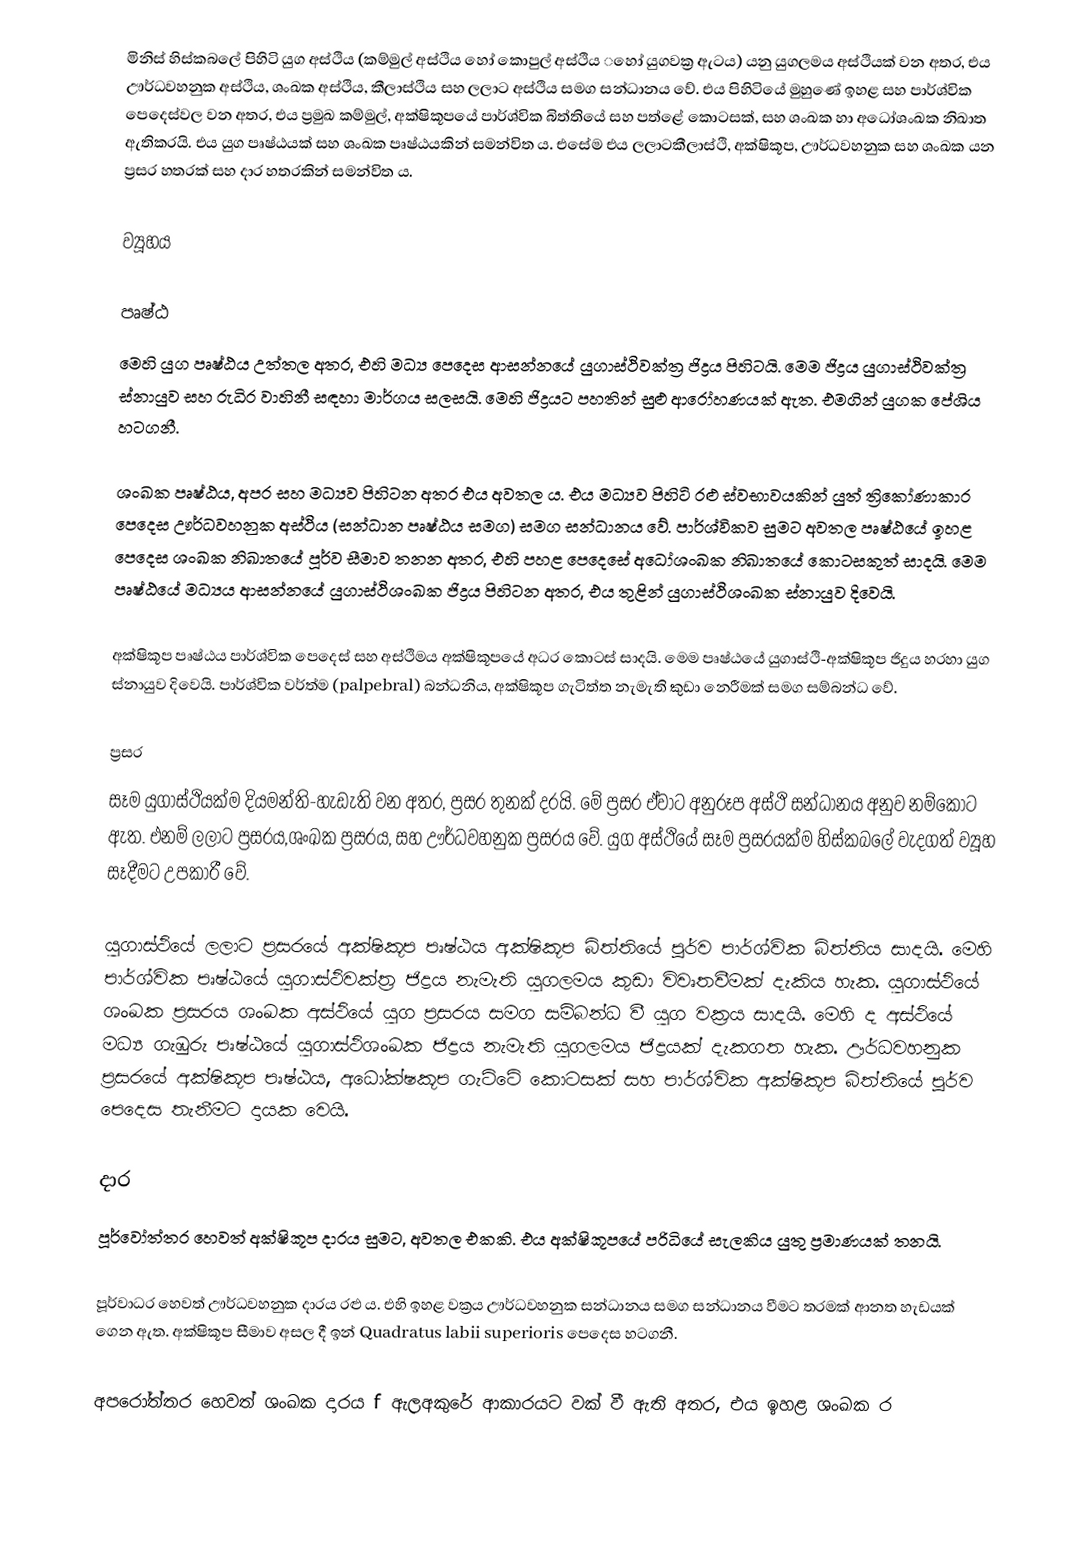
මිනිස් හිස්කබලේ පිහිටි යුග අස්ථිය (කම්මුල් අස්ථිය හෝ කොපුල් අස්ථිය ‌‌හෝ  යුගවක්‍ර ඇටය) යනු යුගලමය අස්ථියක් වන අතර, එය ඌර්ධවහනුක අස්ථිය, ශංඛක අස්ථිය, කීලාස්ථිය සහ ලලාට අස්ථිය සමග සන්ධානය වේ. එය පිහිටියේ මුහුණේ ඉහළ සහ පාර්ශ්වික පෙදෙස්වල වන අතර, එය ප්‍රමුඛ කම්මුල්, අක්ෂිකූපයේ පාර්ශ්වික බිත්තියේ සහ පත්ළේ කොටසක්, සහ ශංඛක හා අධෝශංඛක නිඛාත ඇතිකරයි. එය යුග පෘෂ්ඨයක් සහ ශංඛක පෘෂ්ඨයකින් සමන්විත ය. එසේම එය ලලාටකීලාස්ථි, අක්ෂිකූප, ඌර්ධවහනුක සහ ශංඛක යන ප්‍රසර හතරක් සහ දාර හතරකින් සමන්විත ය.

ව්‍යූහය

පෘෂ්ඨ
මෙහි යුග පෘෂ්ඨය උත්තල අතර, එහි මධ්‍ය පෙදෙස ආසන්නයේ යුගාස්ථිවක්ත්‍ර ජිද්‍රය පිහිටයි. මෙම ජිද්‍රය යුගාස්ථිවක්ත්‍ර ස්නායුව සහ රුධිර වාහිනී සඳහා මාර්ගය සලසයි. මෙහි ජිද්‍රයට පහතින් සුළු ආරෝහණයක් ඇත. එමගින් යුගක පේශිය හටගනී.

ශංඛක පෘෂ්ඨය, අපර සහ මධ්‍යව පිහිටන අතර එය අවතල ය. එය මධ්‍යව පිහිටි රළු ස්වභාවයකින් යුත් ත්‍රිකෝණාකාර පෙදෙස ඌර්ධවහනුක අස්ථිය (සන්ධාන පෘෂ්ඨය සමග) සමග සන්ධානය වේ. පාර්ශ්විකව සුමට අවතල පෘෂ්ඨයේ ඉහළ පෙදෙස ශංඛක නිඛාතයේ පූර්ව සීමාව තනන අතර, එහි පහළ පෙදෙසේ අධෝශංඛක නිඛාතයේ කොටසකුත් සාදයි. මෙම පෘෂ්ඨයේ මධ්‍යය ආසන්නයේ යුගාස්ථිශංඛක ජිද්‍රය පිහිටන අතර, එය තුළින් යුගාස්ථිශංඛක ස්නායුව දිවෙයි.

අක්ෂිකූප පෘෂ්ඨය පාර්ශ්වික පෙදෙස් සහ අස්ථිමය අක්ෂිකූපයේ අධර කොටස් සාදයි. මෙම පෘෂ්ඨයේ යුගාස්ථි-අක්ෂිකූප ජිදුය හරහා යුග ස්නායුව දිවෙයි. පාර්ශ්වික වර්ත්ම (palpebral) බන්ධනිය, අක්ෂිකූප ගැටිත්ත නැමැති කුඩා නෙරීමක් සමග සම්බන්ධ වේ.

ප්‍රසර
සෑම යුගාස්ථියක්ම දියමන්ති-හැඩැති වන අතර, ප්‍රසර තුනක් දරයි. මේ ප්‍රසර ඒවාට අනුරූප අස්ථි සන්ධානය අනුව නම්කොට ඇත. එනම් ලලාට ප්‍රසරය,ශංඛක ප්‍රසරය, සහ ඌර්ධවහනුක ප්‍රසරය වේ. යුග අස්ථියේ සෑම ප්‍රසරයක්ම හිස්කබලේ වැදගත් ව්‍යූහ සෑදීමට උපකාරී වේ.

යුගාස්ථියේ ලලාට ප්‍රසරයේ අක්ෂිකූප පෘෂ්ඨය අක්ෂිකූප බිත්තියේ පූර්ව පාර්ශ්වික බිත්තිය සාදයි. මෙහි පාර්ශ්වික පෘෂ්ඨයේ යුගාස්ථිවක්ත්‍ර ජිද්‍රය නැමැති යුගලමය කුඩා විවෘතවීමක් දැකිය හැක. යුගාස්ථියේ ශංඛක ප්‍රසරය  ශංඛක අස්ථියේ යුග ප්‍රසරය සමග සම්බන්ධ වී යුග වක්‍රය සාදයි. මෙහි ද අස්ථියේ මධ්‍ය ගැඹුරු පෘෂ්ඨයේ යුගාස්ථිශංඛක ජිද්‍රය නැමැති යුගලමය ජිද්‍රයක් දැකගත හැක. ඌර්ධවහනුක ප්‍රසරයේ අක්ෂිකූප පෘෂ්ඨය, අධෝක්ෂකූප ගැට්ටේ කොටසක් සහ පාර්ශ්වික අක්ෂිකූප බිත්තියේ පූර්ව පෙදෙස තැනීමට දායක වෙයි.

දාර
පූර්වෝත්තර හෙවත් අක්ෂිකූප දාරය සුමට, අවතල එකකි. එය අක්ෂිකූපයේ පරිධියේ සැලකිය යුතු ප්‍රමාණයක් තනයි.

පූර්වාධර හෙවත් ඌර්ධවහනුක දාරය රළු ය. එහි ඉහළ වක්‍රය ඌර්ධවහනුක සන්ධානය සමග සන්ධානය වීමට තරමක් ආනත හැඩයක් ගෙන ඇත. අක්ෂිකූප සීමාව අසල දී ඉන් Quadratus labii superioris පෙ‍දෙස හටගනී.

අපරෝත්තර හෙවත් ශංඛක දාරය f ඇලඅකුරේ ආකාරයට වක් වී ඇති අතර, එය ඉහළ ශංඛක ර